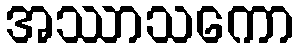
အဿာသကော